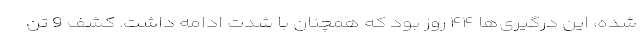
شده، این درگیری‌ها ۴۴ روز بود که همچنان با شدت ادامه داشت. کشف 9 تن